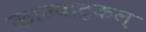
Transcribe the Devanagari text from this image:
काल्पाटुकल्